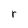
Character: r